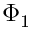
\Phi _ { 1 }